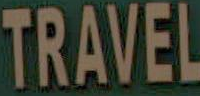
TRAVEL